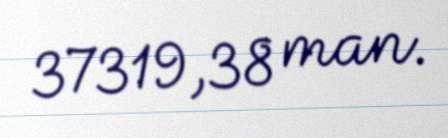
37319,38 man.